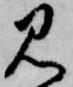
見